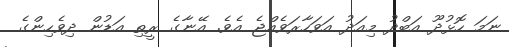
ނަމަ ހޮޅުދޫ އަބްދު މިއަދު އަވަހާރަވެއްޖެ އެވެ. އޭނާގެ ރީތި އަޑުން ދިވެހިންގެ